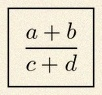
\frac{a+b}{c+d}